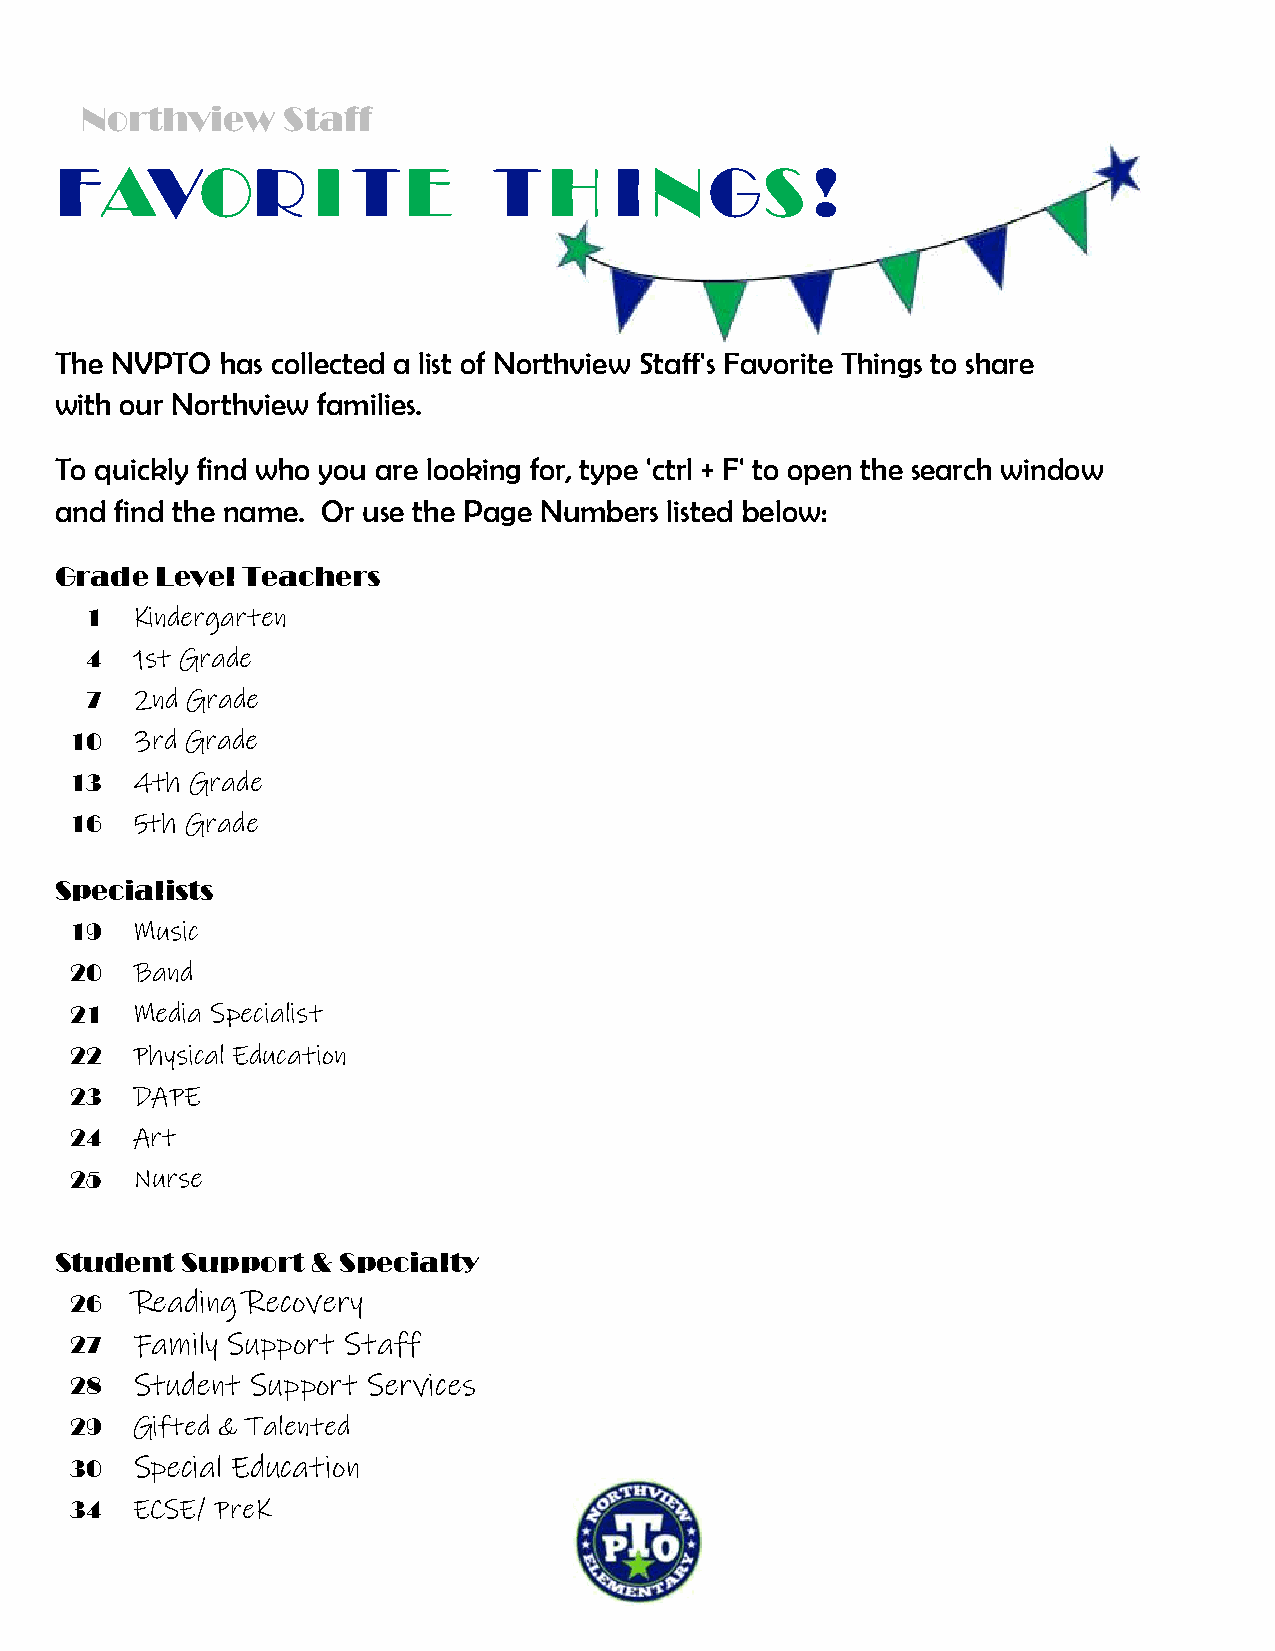
Northview     Staff
 FAVOR            I TE        T  H    I NGS        !
 The NVPTO  has collected a list of Northview Staff's Favorite Things to share
 with our Northview families.
 To quickly find who you are looking for, type 'ctrl + F' to open the search window
 and find the name. Or use the Page Numbers listed below:
 Grade Level Teachers
 1  Kindergarten
 4  1st Grade
 7  2nd Grade
 10  3rd Grade
 13  4th Grade
 16  5th Grade
 Specialists
 19  Music
 20  Band
 21  Media Specialist
 22  Physical Education
 23  DAPE
 24  Art
 25  Nurse
 Student Support  & Specialty
 26  Reading Recovery
 27  Family Support Staff
 28  Student Support Services
 29  Gifted & Talented
 30  Special Education
 34  ECSE/ PreK